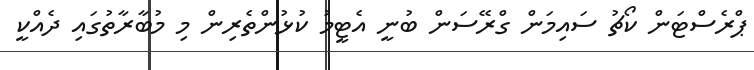
ޕްރެސްޓަން ކޯޗު ސައިމަން ގްރޭސަން ބުނީ އެޓީމު ކުޅުންތެރިން މި މުބާރާތުގައި ދެއްކީ